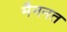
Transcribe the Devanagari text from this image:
मैननत